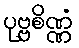
ပုဗ္ဗစိဏ္ဏံ